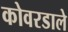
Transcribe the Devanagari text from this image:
कोवरडाले